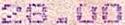
28.00